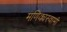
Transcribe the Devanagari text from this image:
मणिक्यस्वामी